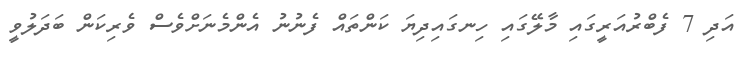
އަދި 7 ފެބްރުއަރީގައި މާލޭގައި ހިނގައިދިޔަ ކަންތައް ފެނުނު އެންމެނަށްވެސް ވެރިކަން ބަދަލުވީ